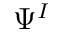
\Psi ^ { I }